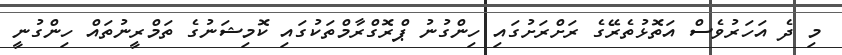
މި ދެ އަހަރުވެސް އަތޮޅުތެރޭގެ ރަށްރަށުގައި ހިންގުނު ޕްރޮގްރާމްތަކުގައި ކޮމިޝަނުގެ ތަމްރީނުތައް ހިންގުނީ